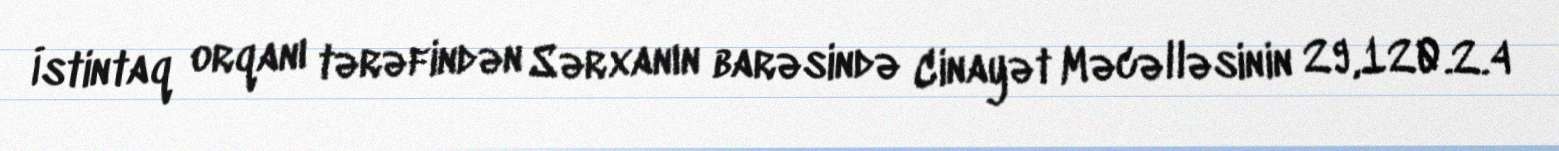
İstintaq orqanı tərəfindən Sərxanın barəsində Cinayət Məcəlləsinin 29,120.2.4